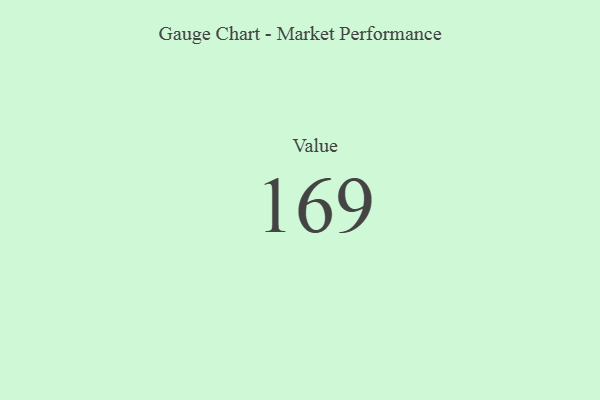
{"axis": {"x": "Metric", "y": "Value"}, "legend": [""], "data": [{"x": "Value", "y": 169, "type": ""}]}